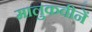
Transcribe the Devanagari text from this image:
मालुकवीनें